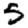
Digit: 5